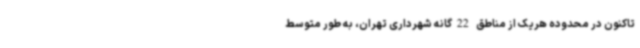
تاکنون در محدوده هریک از مناطق 22گانه شهرداری تهران، به طور متوسط